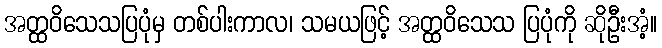
အတ္ထဝိသေသပြပုံမှ တစ်ပါးကာလ၊ သမယဖြင့် အတ္ထဝိသေသ ပြပုံကို ဆိုဦးအံ့။